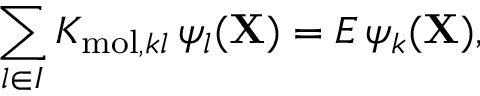
\sum _ { l \in { I } } K _ { \mathrm { m o l } , k l } \, \psi _ { l } ( { \mathbf { X } } ) = E \, \psi _ { k } ( { \mathbf { X } } ) ,